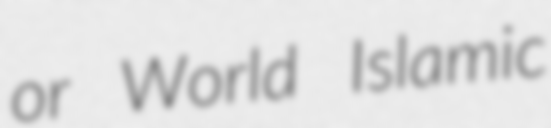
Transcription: or World Islamic